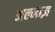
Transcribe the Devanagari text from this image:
अल्माज़